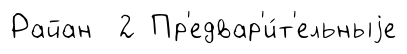
Райан 2 Пр'едвар'и́т'ельныjе